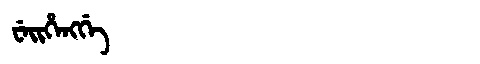
Manchu: ᠸᡝᡳᡥᡝᠩᡤᡝ
Romanization: WEIHENGGE